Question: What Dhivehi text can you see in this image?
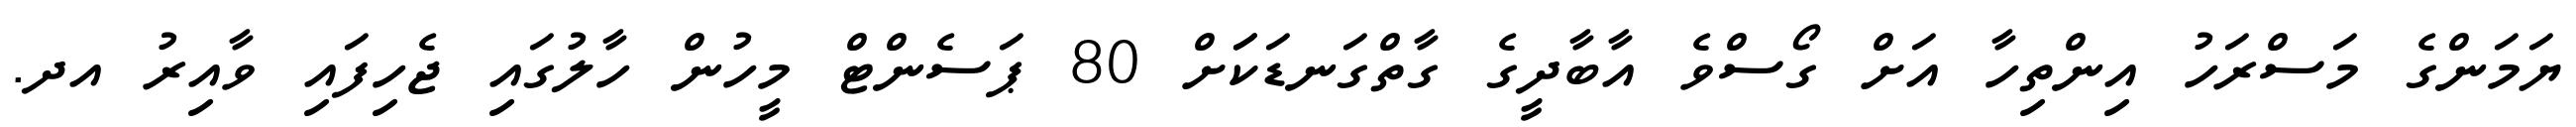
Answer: ޔަމަންގެ މަސްރަހު އިންތިހާ އަށް ގޯސްވެ އާބާދީގެ ގާތްގަނޑަކަަށް 80 ޕަސެންޓް މީހުން ހާލުގައި ޖެހިފައި ވާއިރު އދ.